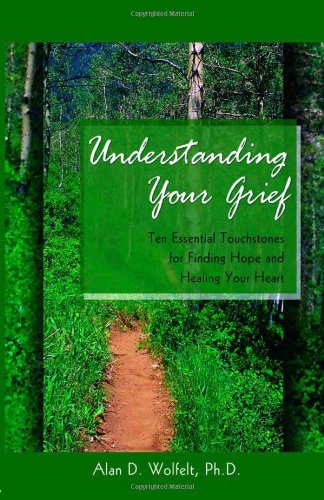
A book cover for Understanding Your Grief: Ten Essential Touchstones for Finding Hope and Healing Your Heart; Self-Help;